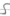
Text: S